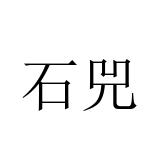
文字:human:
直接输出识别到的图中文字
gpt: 石兕